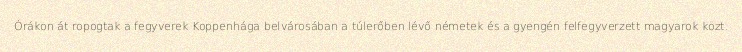
Órákon át ropogtak a fegyverek Koppenhága belvárosában a túlerőben lévő németek és a gyengén felfegyverzett magyarok közt.